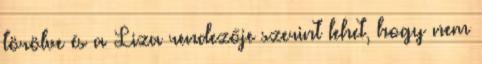
törölve és a Liza rendezője szerint lehet, hogy nem